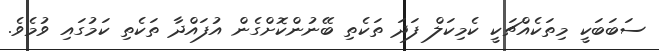
ސަބަބަކީ މިތަކެއްޗަކީ ކެމިކަލް ފަދަ ތަކެތި ބޭނުންކޮށްގެން އުފައްދާ ތަކެތި ކަމުގައި ވުމެވެ.